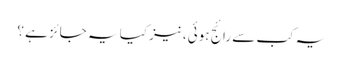
یہ کب سے رائج ہوئی، نیز کیا یہ جائز ہے ؟